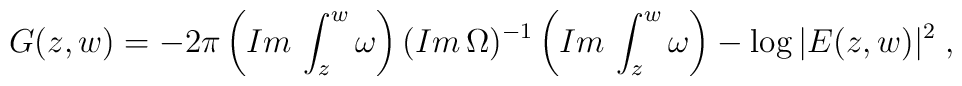
G(z,w)=-2\pi\left(Im\,\int_{z}^{w}\omega\right)(Im\,\Omega)^{-1}\left(Im\,\int_{z}^{w}\omega\right)-\log{|E(z,w)|^{2}}\;,